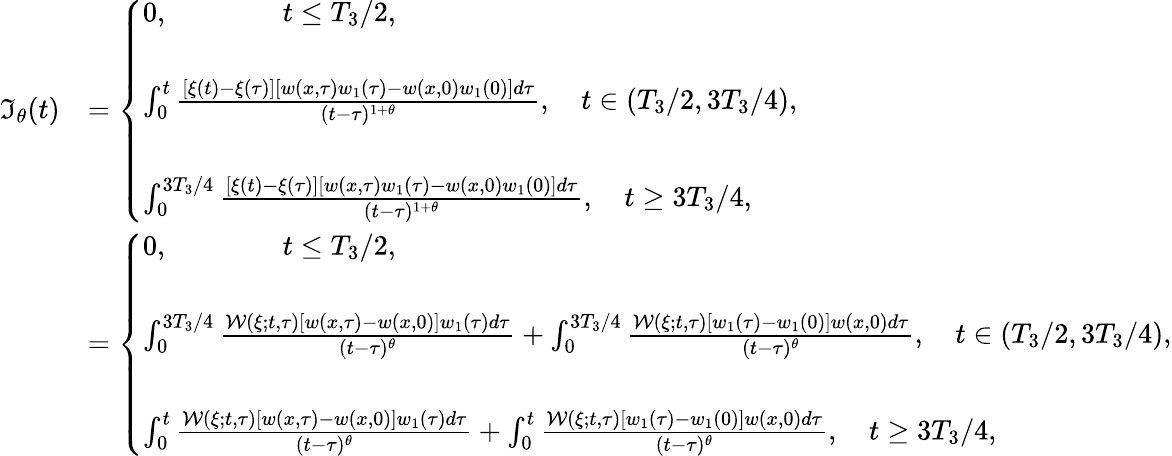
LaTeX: \begin{array}{rl}{\mathfrak{I}_{\theta}(t)}&{=\left\{ \begin{array}{ll}{0,\qquad\qquad t\leq T_{3}/2,}\\ {\, }\\ {\int_{0}^{t}\frac{[\xi(t)-\xi(\tau)][w(x,\tau)w_{1}(\tau)-w(x,0)w_{1}(0)]d\tau}{(t-\tau)^{1+\theta}},\quad t\in(T_{3}/2,3T_{3}/4),}\\ {\, }\\ {\int_{0}^{3T_{3}/4}\frac{[\xi(t)-\xi(\tau)][w(x,\tau)w_{1}(\tau)-w(x,0)w_{1}(0)]d\tau}{(t-\tau)^{1+\theta}},\quad t\geq 3T_{3}/4,}\end{array}\right.}\\ &{=\left\{ \begin{array}{ll}{0,\qquad\qquad t\leq T_{3}/2,}\\ {\, }\\ {\int_{0}^{3T_{3}/4}\frac{\mathcal{W}(\xi;t,\tau)[w(x,\tau)-w(x,0)]w_{1}(\tau)d\tau}{(t-\tau)^{\theta}}+\int_{0}^{3T_{3}/4}\frac{\mathcal{W}(\xi;t,\tau)[w_{1}(\tau)-w_{1}(0)]w(x,0)d\tau}{(t-\tau)^{\theta}},\quad t\in(T_{3}/2,3T_{3}/4),}\\ {\, }\\ {\int_{0}^{t}\frac{\mathcal{W}(\xi;t,\tau)[w(x,\tau)-w(x,0)]w_{1}(\tau)d\tau}{(t-\tau)^{\theta}}+\int_{0}^{t}\frac{\mathcal{W}(\xi;t,\tau)[w_{1}(\tau)-w_{1}(0)]w(x,0)d\tau}{(t-\tau)^{\theta}},\quad t\geq 3T_{3}/4,}\end{array}\right.}\end{array}